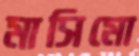
মাসিমো